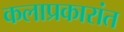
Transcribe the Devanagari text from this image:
कलाप्रकारांत